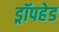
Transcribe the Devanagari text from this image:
ड्रॉपहेड